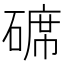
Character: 𥔷